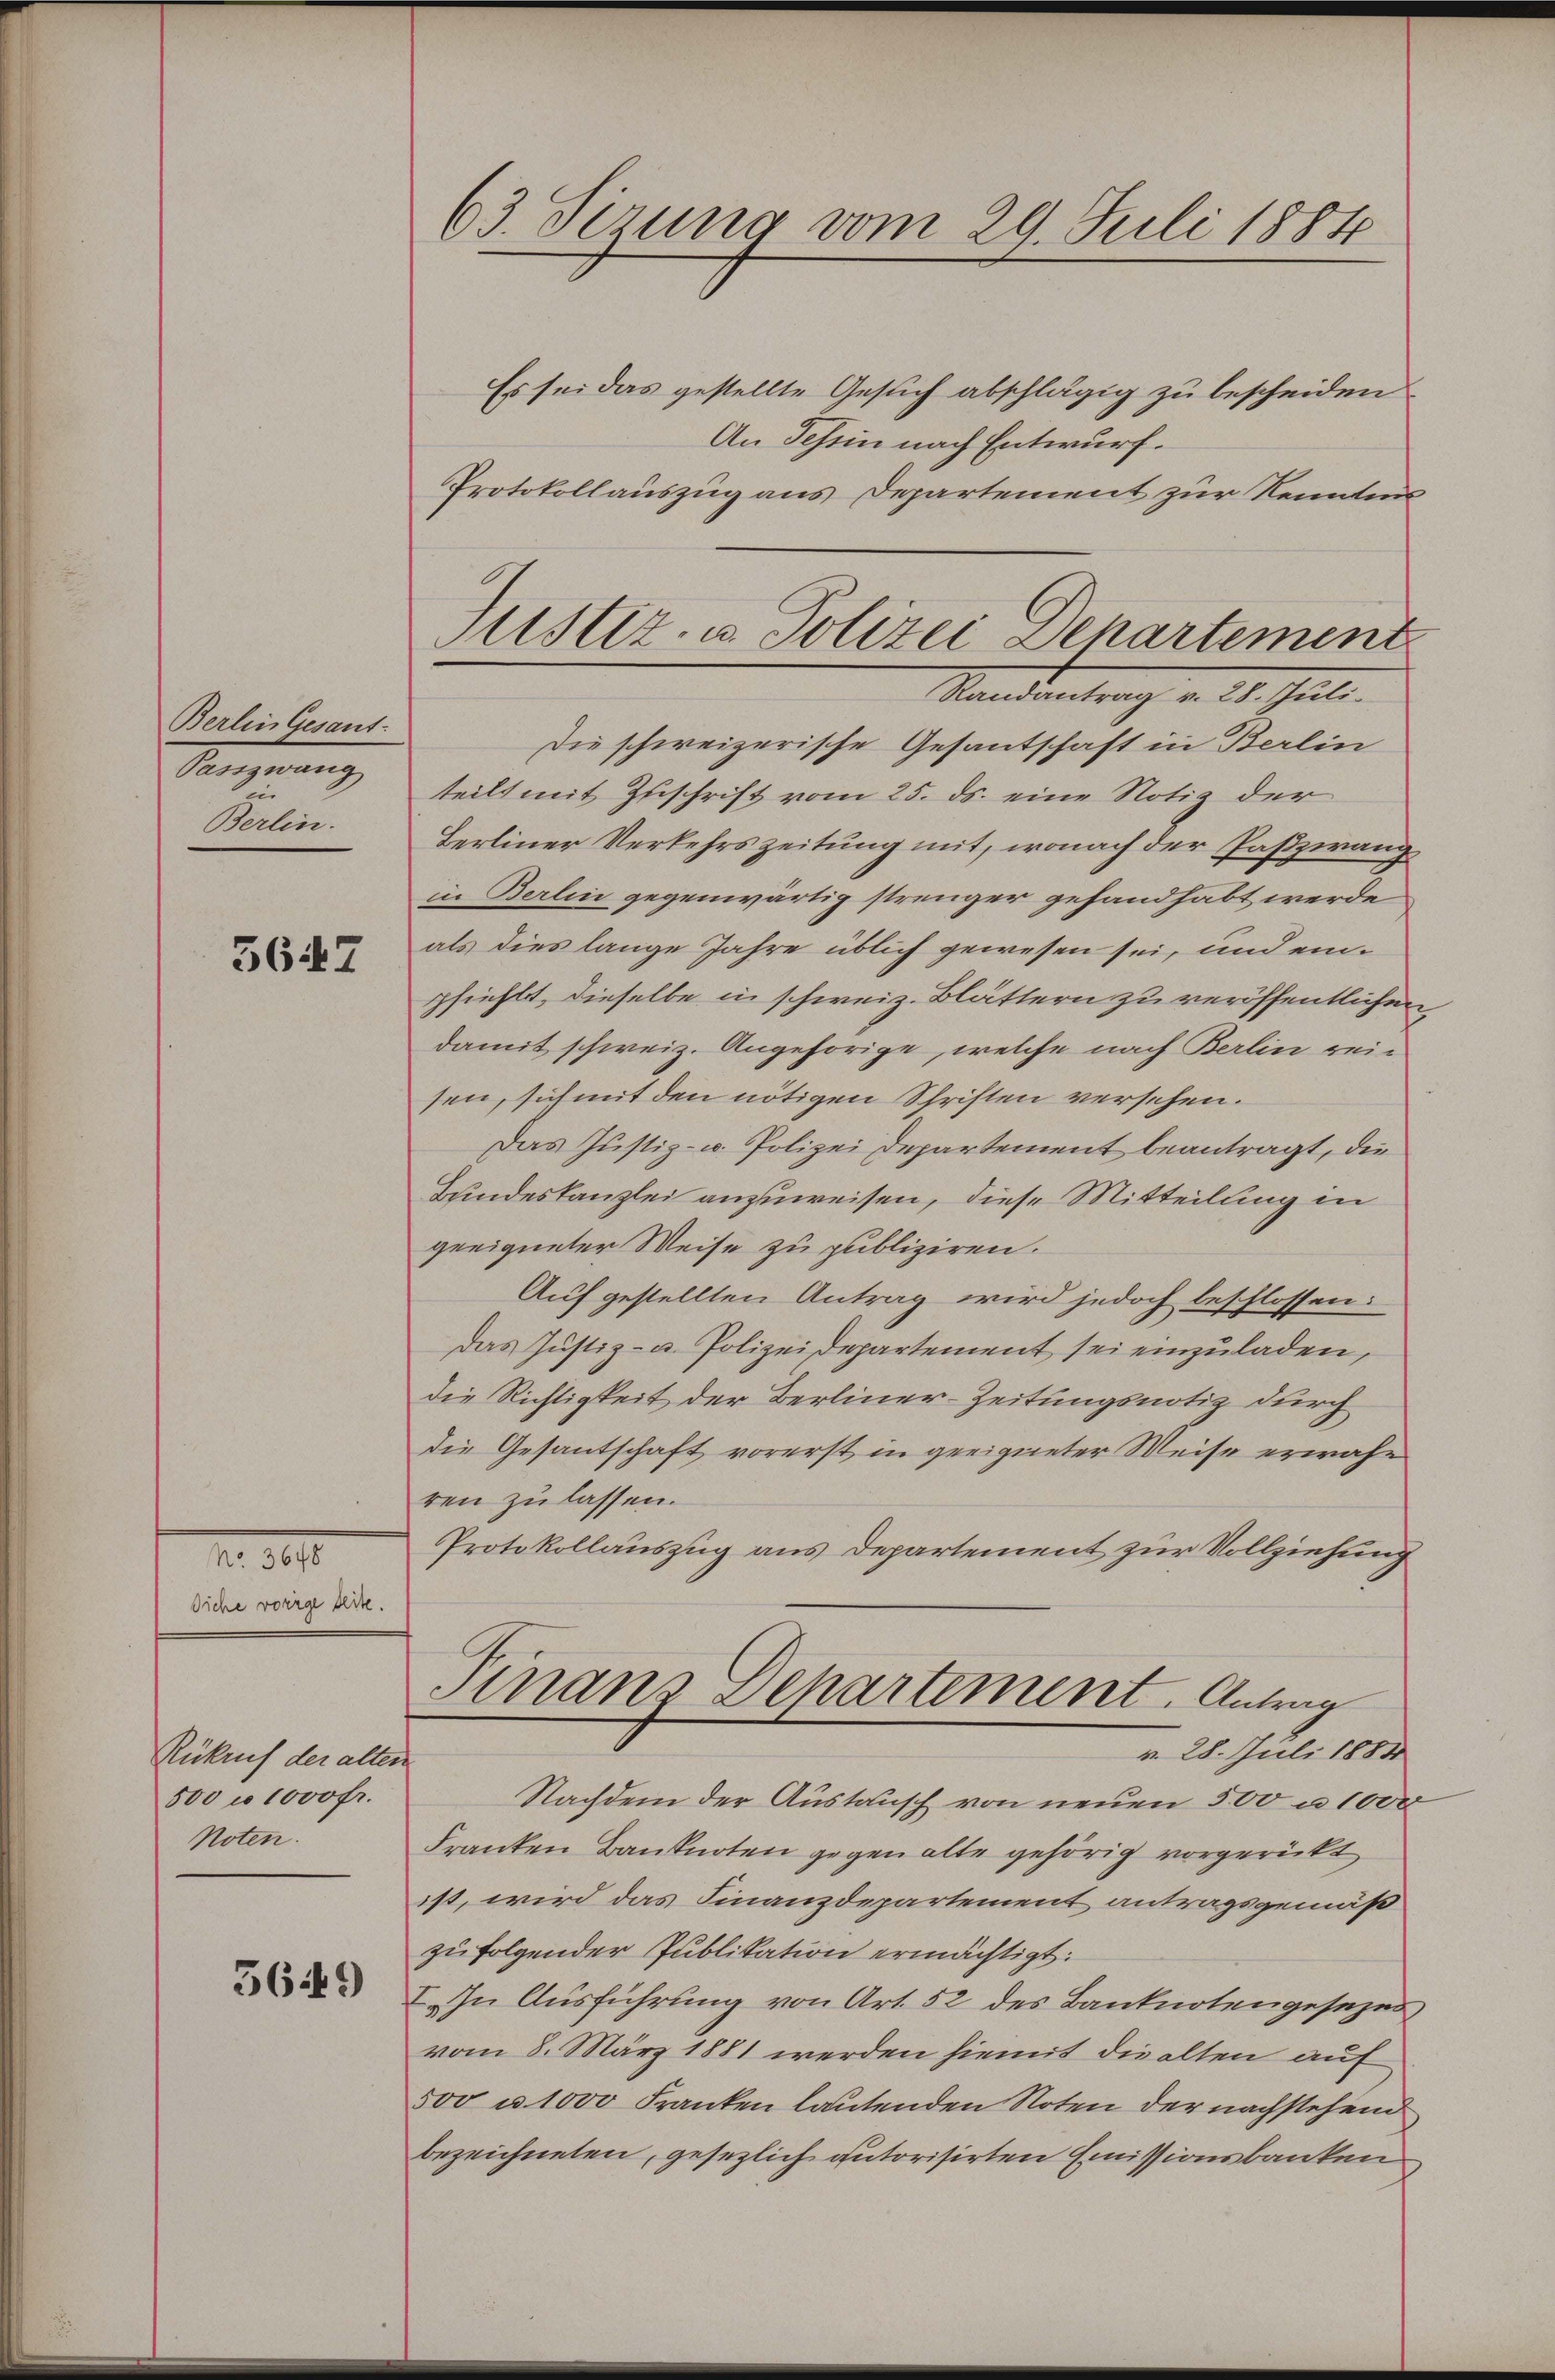
Berlin Gesant.
Passzwang
Berlin.

5647

No. 3648
diehe vorige Seite.

Rükref der alten
500 n 1000 fr.
Noten.

5649)

63. Sirung vom 29. Juli 1884

Justiz- u. Polizei Departement
Randantrag v. 28. Juli.

Es sei das gestellte Gesuch abschlägig zu bescheiden
An Tessin nach Entwurf.
Protokollauszug aus Departement zur Kenntnis
Die schweizerische Gesantschaft in Berlin
teilt mit Zuschrift vom 25. ds. eine Notiz der
Berliner Verkehrszeitung mit, wonach der Paßzwang
in Berlin gegenwärtig strenger gehandhabt werde
als dies lange Jahre üblich gewesen sei, und einpfiehlt, dieselbe in schweiz. Blättern zu veröffentlichen
damit schweiz. Angehörige, welche nach Berlin rein
sen, sich mit den nötigen Schriften versehen.
Das Justiz- u. Polizei Departement beantragt, die
Bundeskanzlei anzuweisen, diese Mitteilung in
geeigneter Weise zu publiziren.
Auf gestellten Antrag wird jedoch beschlossen:
das Justiz- u. Polizeidepartement sei einzuladen,
die Richtigkeit der Berliner-Zeitungsnotiz durch
die Gesantschaft vorerst in geeigneter Weise erwähn
ren zu lassen.
Protokollauszug aus Departement zur Vollziehung
Finanz Departement. Antrag
v. 28. Juli 1884
Nachdem der Austausch von neŭen 500 u. 1000
Franken Banknoten gegen alte gehörig vorgerückt
ist, wird das Finanzdepartement antragsgemäß
zu folgender Publikation ermächtigt:
I. In Ausführung von Art. 52 des Banknotengesezesvom 8. März 1881 werden hiemit die alten auf
500 u. 1000 Franken lautenden Noten der nachstehend
bezeichneten, gesezlich gutorisirten Emissionsbanken